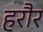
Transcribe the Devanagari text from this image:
हरौर